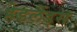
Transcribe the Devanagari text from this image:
हेडलैंड्स